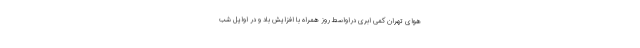
هوای تهران کمی ابری دراواسط روز همراه با افزایش باد و در اوایل شب